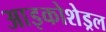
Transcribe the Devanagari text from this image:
आइकोशेड्रल